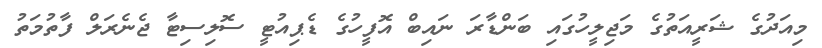
މިއަދުގެ ޝަރީއަތުގެ މަޖިލީހުގައި ބަންޑާރަ ނައިބް އޮފީހުގެ ޑެޕިއުޓީ ސޮލިސިޓާ ޖެނެރަލް ފާތުމަތު